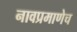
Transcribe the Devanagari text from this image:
नावप्रमाणेच